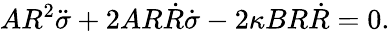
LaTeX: AR^{2}\ddot{\sigma}+2AR\dot{R}\dot{\sigma}-2\kappa BR\dot{R}=0.